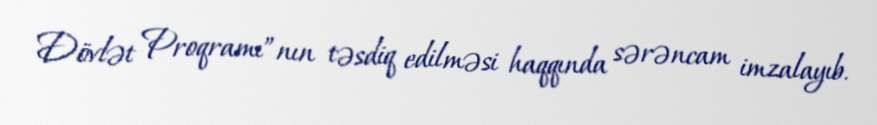
Dövlət Proqramı”nın təsdiq edilməsi haqqında sərəncam imzalayıb.